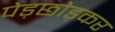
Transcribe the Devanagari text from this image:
पेड़छोड़कर